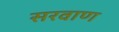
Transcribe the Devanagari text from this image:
सरवाण